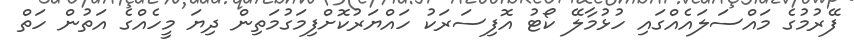
ފޭރުމުގެ މައްސަލައެއްގައި ހުޅުމާލޭ ކޯޓު އޮފިސަރަކު ހައްޔަރުކޮށްފިމަގުމަތިން ދިޔަ މީހެއްގެ އަތުން ހަތް